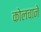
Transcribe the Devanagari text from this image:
कोलचाने